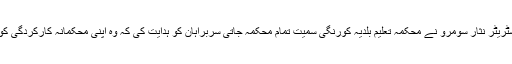
اس موقع پر ایڈمنسٹریٹر نثار سومرو نے محکمہ تعلیم بلدیہ کورنگی سمیت تمام محکمہ جاتی سربراہان کو ہدایت کی کہ وہ اپنی محکمانہ کارکردگی کو مزید بہتر بنائیں۔